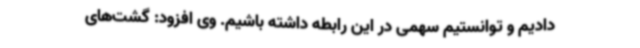
دادیم و توانستیم سهمی در این رابطه داشته باشیم. وی افزود: گشت‌های